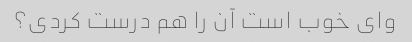
وای خوب است آن را هم درست کردی؟